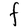
Character: F